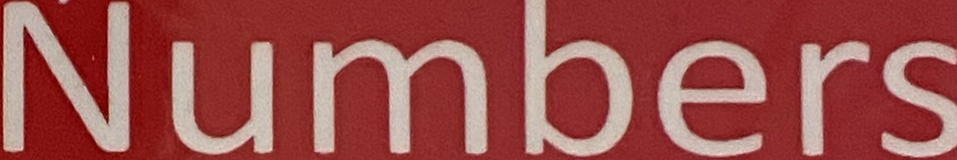
Numbers